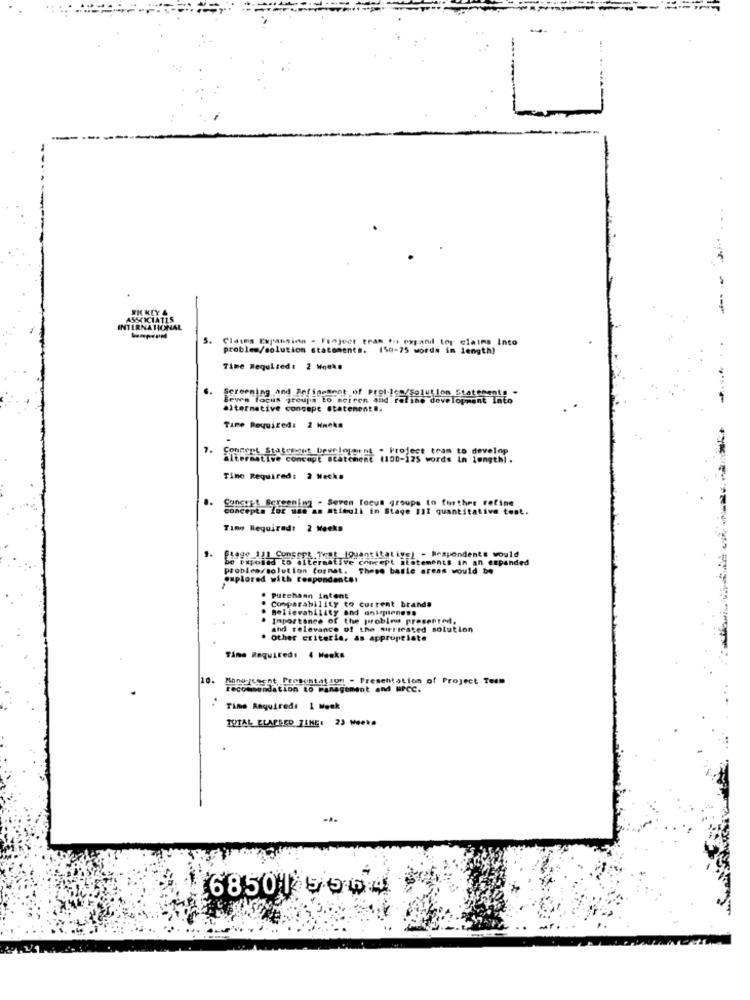
--
ASSKIATIS
INTERNATIONAL
od. tor claims Into
problem/solution statements. (50-75 words in length)
Claims Expansion - Project team to expand ter
Time Required: 2 Weeks
Screening and Pofinement of Prel-Iso/Solution Statements -
Beww focus groups to seiren and Fal
alternative concepe statements.
TiPe Required: 2 Hneks
Foncent Statement bevelenannt
develop
alternative concept statcher
(100-125 words
Time Required: 2 Mecka
..
Constkt Screening - Seven focus groups to further refine
concepta los was an stimuli in Stage 111 quantitative test.
Timo Required: 2 Mecka
Fiege 121 Consept.That (Quantitative) - Respondents would
be exposed to alternative concept statements in an expanded
problea/solution format. These basie arens would be
explored with respondents!
Putehamn intent
Comparability to current brands
Believability and unirmieness
Importance of the problem presented.
and relevance of the surtested solution
other criteria, as appropriate
Time Required: 4 Weeks
10.
Moneycoent Presentation - Presentation of Project Team
recommendation to management and HPCC.
Time Raquired: 1 Mosk
TOTAL ELAPSED TEHE: 23 Weeks
685015564